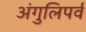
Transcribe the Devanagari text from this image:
अंगुलिपर्व